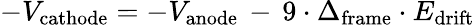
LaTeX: -V_{\mathrm{cathode}}=-V_{\mathrm{anode}}\, -\, 9\cdot\Delta_{\mathrm{frame}}\cdot E_{\mathrm{drift}}